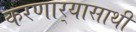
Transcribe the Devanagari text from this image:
करणार्‍यासाथी